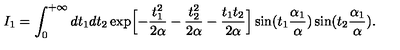
I _ { 1 } = \int _ { 0 } ^ { + \infty } d t _ { 1 } d t _ { 2 } \exp \Bigl [ - \frac { t _ { 1 } ^ { 2 } } { 2 \alpha } - \frac { t _ { 2 } ^ { 2 } } { 2 \alpha } - \frac { t _ { 1 } t _ { 2 } } { 2 \alpha } \Bigr ] \sin ( t _ { 1 } \frac { \alpha _ { 1 } } { \alpha } ) \sin ( t _ { 2 } \frac { \alpha _ { 1 } } { \alpha } ) .